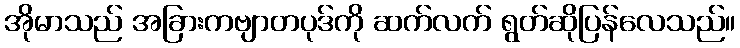
အိုမာသည် အခြားကဗျာတပုဒ်ကို ဆက်လက် ရွတ်ဆိုပြန်လေသည်။